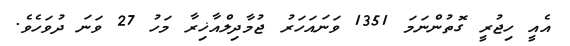
އެއީ ހިޖުރީ ގޮތުންނަމަ 1351 ވަނައަހަރު ޖުމާދިލްއާޚިރާ މަހު 27 ވަނަ ދުވަހެވެ.